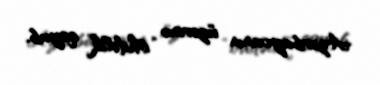
Azərbaycanın üzərinə “öhdəlik” qoyub.